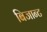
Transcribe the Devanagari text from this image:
बिजान्ट